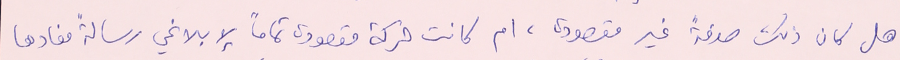
هل كان ذلك صدفةً غير مقصودة، ام كانت حركة مقصودة تماماً لإبلاغي رسالةً مفادها